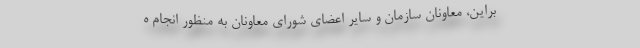
براین، معاونان سازمان و سایر اعضای شورای معاونان به منظور انجام ه